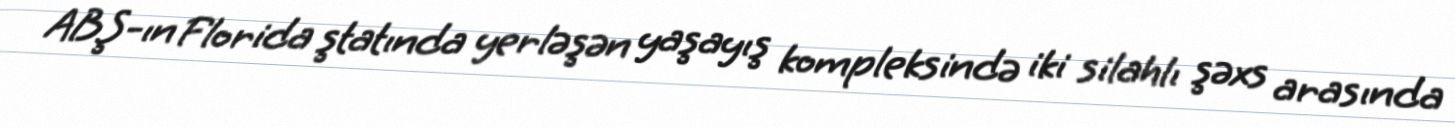
ABŞ-ın Florida ştatında yerləşən yaşayış kompleksində iki silahlı şəxs arasında